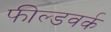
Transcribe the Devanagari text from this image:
फील्डवर्क